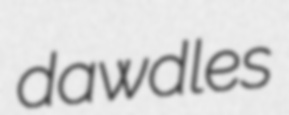
dawdles